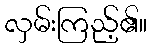
လှမ်းကြည့်၏။